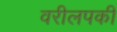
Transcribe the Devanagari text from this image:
वरीलपकी